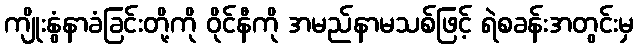
ကျိုးနွံနာခံခြင်းတို့ကို ဝိုင်နီကို အမည်နာမသစ်ဖြင့် ရဲစခန်းအတွင်းမှ